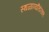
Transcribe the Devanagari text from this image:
स्थळांव्यतिरिक्त